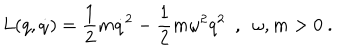
LaTeX: L ( q , \dot { q } ) = \frac { 1 } { 2 } m \dot { q } ^ { 2 } - \frac { 1 } { 2 } m \omega ^ { 2 } q ^ { 2 } \ \ , \ \ \omega , m > 0 \ .